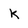
Character: k